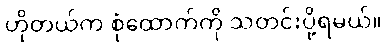
ဟိုတယ်က စုံထောက်ကို သတင်းပို့ရမယ်။